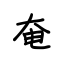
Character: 奄